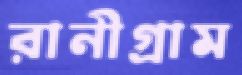
রানীগ্রাম